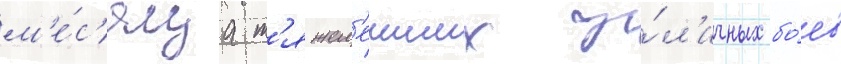
м'е́с'яца т'яжел'еиших у́л'ичных бо́ев